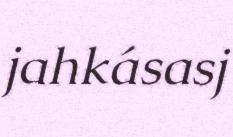
jahkásasj